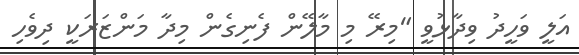
އަލީ ވަހީދު ވިދާޅުވީ "މިރޭ މި މާލޭން ފެނިގެން މިދާ މަންޒަރަކީ ދިވެހި